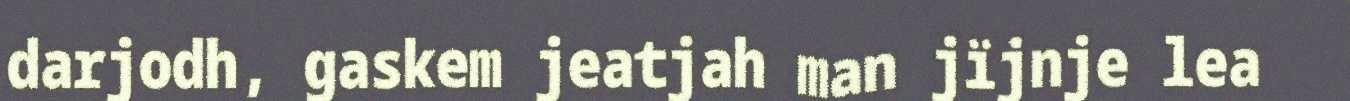
darjodh, gaskem jeatjah man jïjnje lea